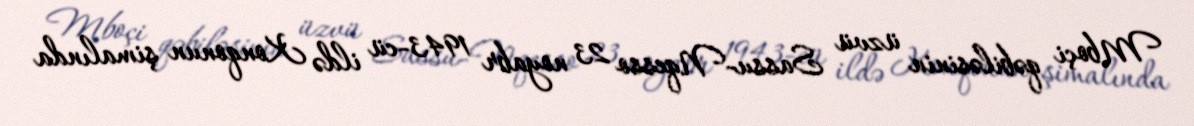
Mboçi qəbiləsinin üzvü Sassu-Nqesso 23 noyabr 1943-cü ildə Konqonun şimalında